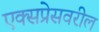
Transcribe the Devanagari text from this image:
एक्सप्रेसवरील